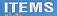
items